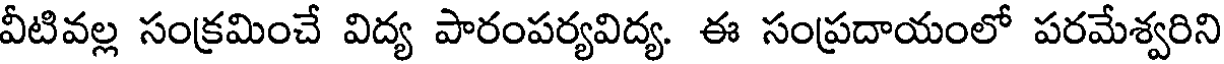
వీటివల్ల సంక్రమించే విద్య పారంపర్యవిద్య. ఈ సంప్రదాయంలో పరమేశ్వరిని